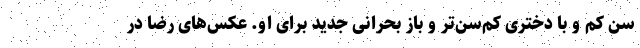
سن کم و با دختری کم‌سن‌تر و باز بحرانی جدید برای او. عکس‌های رضا در